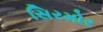
સિરમોર